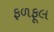
ફળફૂલ